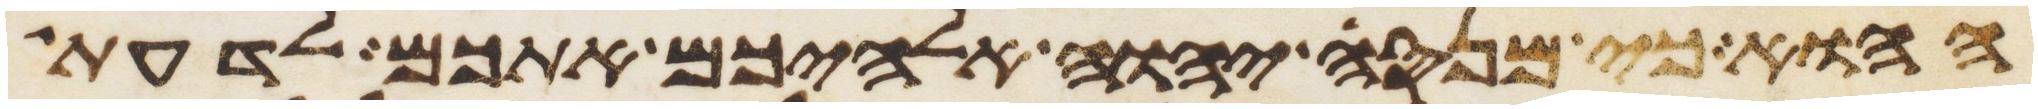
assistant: ההוא כי מנסה יהוה אלהיכם אתכם לדעת